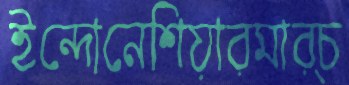
ইন্দোনেশিয়ারমার্চ